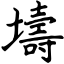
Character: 壔